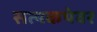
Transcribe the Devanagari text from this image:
सत्यकथेवर